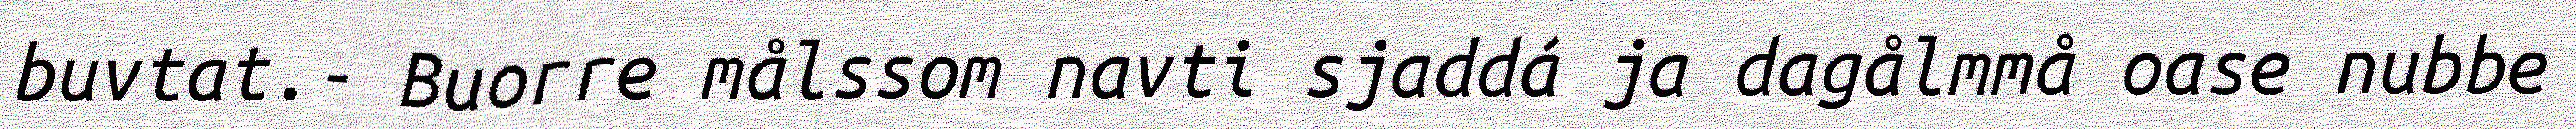
buvtat.- Buorre målssom navti sjaddá ja dagålmmå oase nubbe